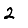
Digit: 2